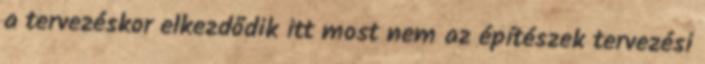
a tervezéskor elkezdődik itt most nem az építészek tervezési